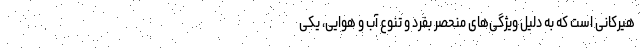
هیرکانی است که به دلیل ویژگی‌های منحصر بفرد و تنوع آب و هوایی، یکی